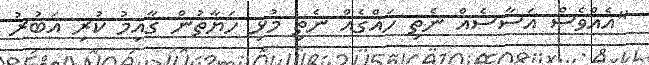
"އެއްވެސް އަސާސެއް ނެތި ހައްގެއް ނެތި މުޅި ހަޔާތުން ގާއިމު ކުރި އަބުރު